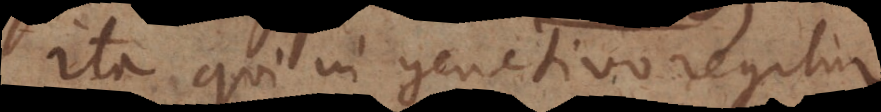
Ita qui in genitivo regitur